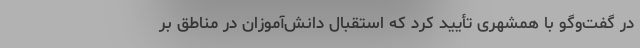
در گفت‌وگو با همشهری تأیید کرد که استقبال دانش‌آموزان در مناطق بر